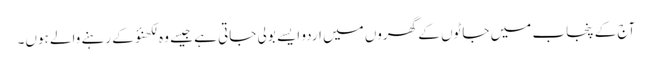
آج کے پنجاب میں جاٹوں کے گھروں میں اردو ایسے بولی جاتی ہے جیسے وہ لکھنؤ کے رہنے والے ہوں۔